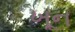
ખૂન